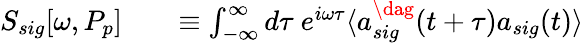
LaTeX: \begin{array}{rlr}{S_{sig}[\omega,P_{p}]}&{{}}&{\equiv\int_{-\infty}^{\infty}d\tau\ e^{i\omega\tau}\langle a_{sig}^{\dag}(t+\tau)a_{sig}(t)\rangle}\end{array}